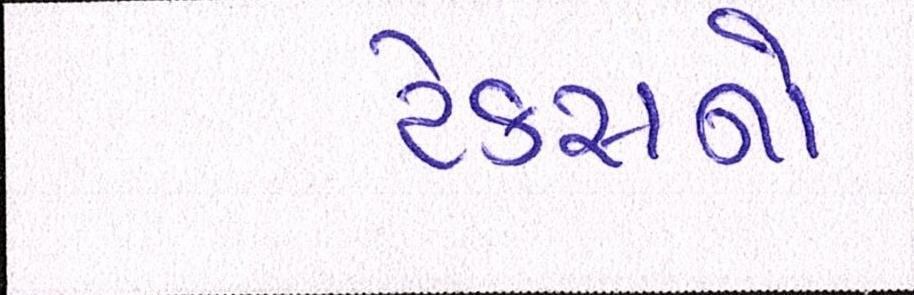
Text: ટેક્સનો